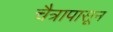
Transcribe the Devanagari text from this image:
चैत्रापासून